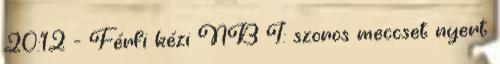
20:12 - Férfi kézi NB I: szoros meccset nyert